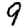
Digit: 9